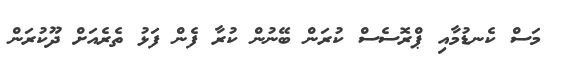
މަސް ކެނޑުމާއި ޕްރޮސެސް ކުރަން ބޭނުން ކުރާ ފެން ފަޅު ތެރެއަށް ދޫކުރަން